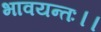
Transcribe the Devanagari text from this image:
भावयन्तः।।